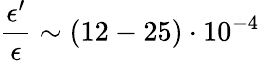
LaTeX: \frac{\epsilon^{\prime}}{\epsilon}\sim(12-25)\cdot 10^{-4}